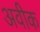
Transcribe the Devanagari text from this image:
अवीक